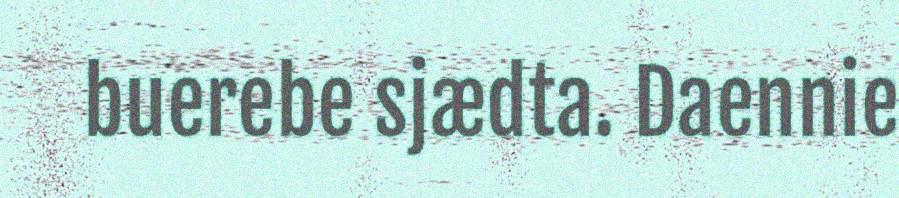
buerebe sjædta. Daennie